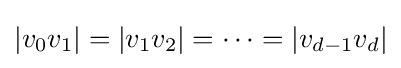
|v_{0}v_{1}|=|v_{1}v_{2}|=\cdots =|v_{d-1}v_{d}|